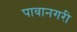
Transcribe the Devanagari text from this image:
पावानगरी